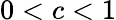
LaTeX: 0<c<1